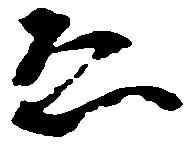
ゑ